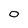
Character: 0